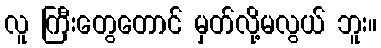
လူ ကြီးတွေတောင် မှတ်လို့မလွယ် ဘူး။